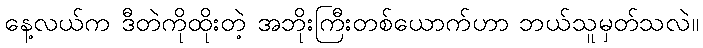
နေ့လယ်က ဒီတဲကိုထိုးတဲ့ အဘိုးကြီးတစ်ယောက်ဟာ ဘယ်သူမှတ်သလဲ။